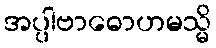
အပ္ပါဗာဓောဟမသ္မိ